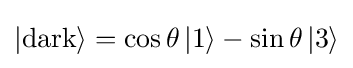
|\mathrm {dark} \rangle =\cos \theta \,|1\rangle -\sin \theta \,|3\rangle